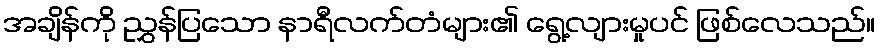
အချိန်ကို ညွှန်ပြသော နာရီလက်တံများ၏ ရွေ့လျားမှုပင် ဖြစ်လေသည်။